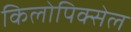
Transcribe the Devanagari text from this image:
किलोपिक्सेल